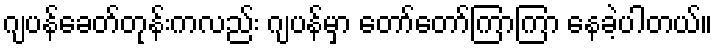
ဂျပန်ခေတ်တုန်းကလည်း ဂျပန်မှာ တော်တော်ကြာကြာ နေခဲ့ပါတယ်။